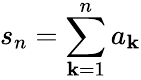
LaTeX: s_{n}=\sum\limits_{\mathbf{k}=1}^{n}a_{\mathbf{k}}